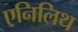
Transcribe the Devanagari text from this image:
एनिलिथ